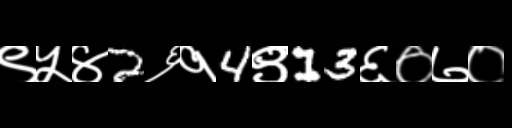
Text: ९५४2६१4९13६०७०